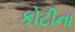
કોટીના